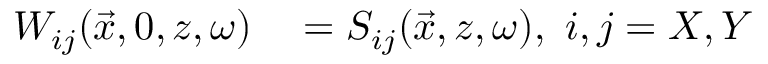
\begin{array} { r l } { W _ { i j } ( \vec { x } , 0 , z , \omega ) } & { { } = S _ { i j } ( \vec { x } , z , \omega ) , ~ i , j = X , Y } \end{array}